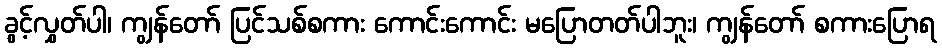
ခွင့်လွှတ်ပါ၊ ကျွန်တော် ပြင်သစ်စကား ကောင်းကောင်း မပြောတတ်ပါဘူး၊ ကျွန်တော် စကားပြောရ